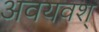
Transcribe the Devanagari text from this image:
अवयवश्